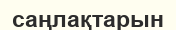
саңлақтарын